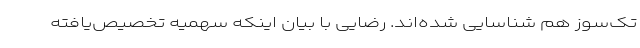
تک‌سوز هم شناسایی شده‌اند. رضایی با بیان اینکه سهمیه تخصیص‌یافته